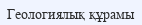
Геологиялық құрамы